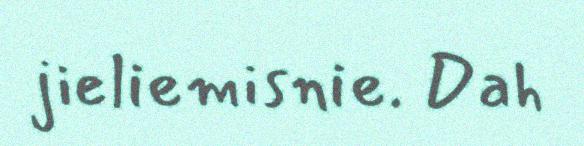
jieliemisnie. Dah